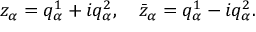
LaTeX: z _ { \alpha } = q _ { \alpha } ^ { 1 } + i q _ { \alpha } ^ { 2 } , \quad \bar { z } _ { \alpha } = q _ { \alpha } ^ { 1 } - i q _ { \alpha } ^ { 2 } .